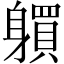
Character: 𨊋